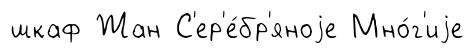
шкаф Жан С'ер'е́бр'яноjе Мно́г'иjе